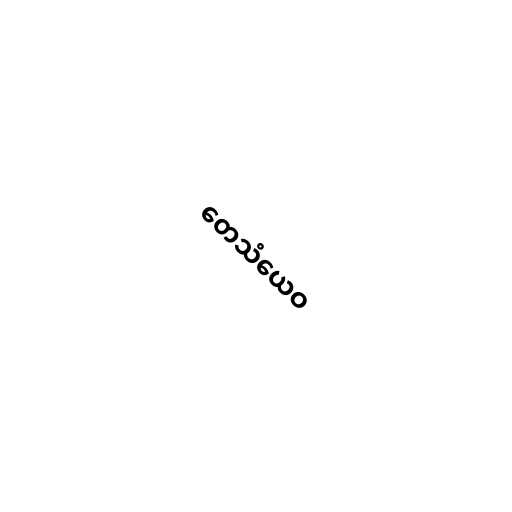
တေသံယေဝ